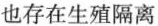
也存在生殖隔离